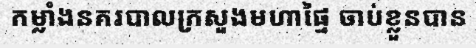
កម្លាំងនគរបាលក្រសួងមហាផ្ទៃ ចាប់ខ្លួនបាន